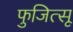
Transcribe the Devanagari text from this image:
फुजित्सू